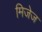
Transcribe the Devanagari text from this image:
मिजेज